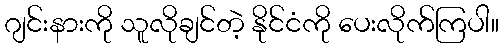
ဂျင်းနားကို သူလိုချင်တဲ့ နိုင်ငံကို ပေးလိုက်ကြပါ။